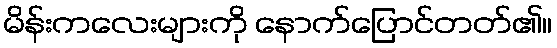
မိန်းကလေးများကို နောက်ပြောင်တတ်၏။